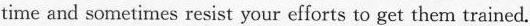
time and sometimes resist your efforts to get them trained.